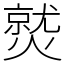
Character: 𤎼